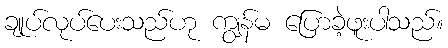
ချုပ်လုပ်ပေးသည်ဟု ကျွန်မ ပြောခဲ့ဖူးပါသည်။